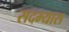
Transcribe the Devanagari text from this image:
सदभ्यास